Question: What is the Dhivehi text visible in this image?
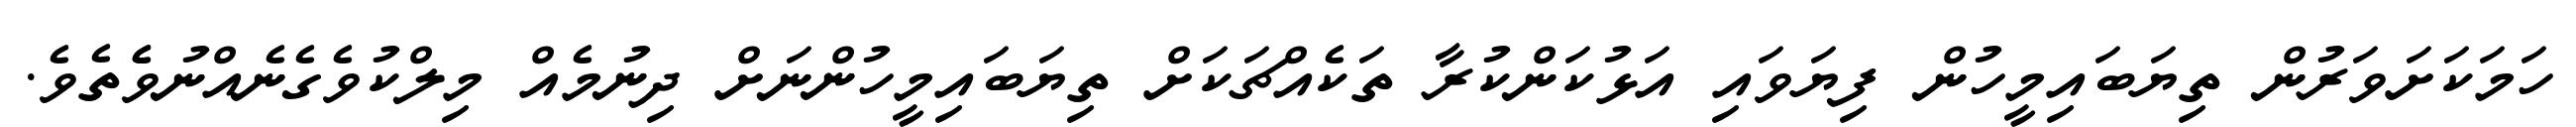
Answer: ހަމަކަށަވަރުން ތިޔަބައިމީހުން ފިޔަވައި އަޅުކަންކުރާ ތަކެއްޗަކަށް ތިޔަބައިމީހުންނަށް ދިނުމެއް މިލްކުވެގެނެއްނުވެެތެވެ.